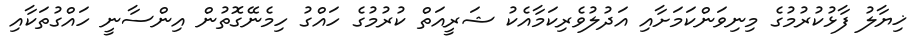
ޚިޔާލު ފާޅުކުރުމުގެ މިނިވަންކަމަށާއި އަދުލުވެރިކަމާއެކު ޝަރީއަތް ކުރުމުގެ ހައްގު ހިމެނޭގޮތުން އިންސާނީ ހައްގުތަކާއި